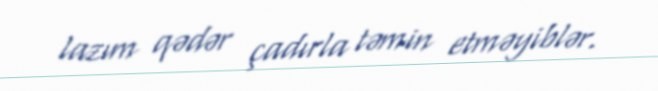
lazım qədər çadırla təmin etməyiblər.